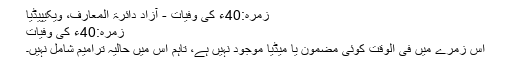
زمرہ:40ء کی وفیات - آزاد دائرۃ المعارف، ویکیپیڈیا
زمرہ:40ء کی وفیات
اس زمرے میں فی الوقت کوئی مضمون یا میڈیا موجود نہیں ہے، تاہم اس میں حالیہ ترامیم شامل نہیں۔